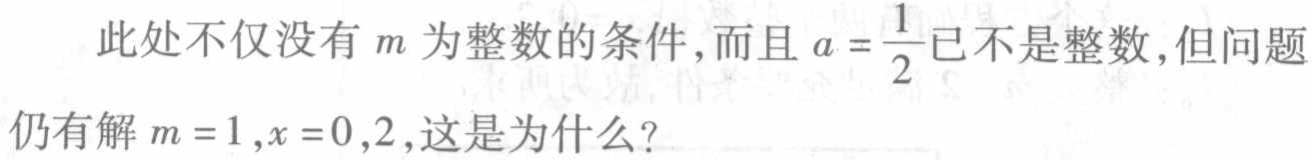
此处不仅没有\(m\)为整数的条件,而且\(a = \frac{1}{2}\)已不是整数,但问题仍有解\(m = 1,x = 0,2\),这是为什么?